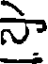
సా